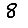
Digit: 8